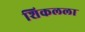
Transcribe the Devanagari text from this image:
शिकलला